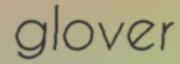
glover